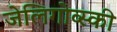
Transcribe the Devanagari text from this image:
जेलिगोव्स्की